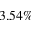
3 . 5 4 \%